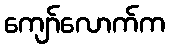
ကျော်လောက်က